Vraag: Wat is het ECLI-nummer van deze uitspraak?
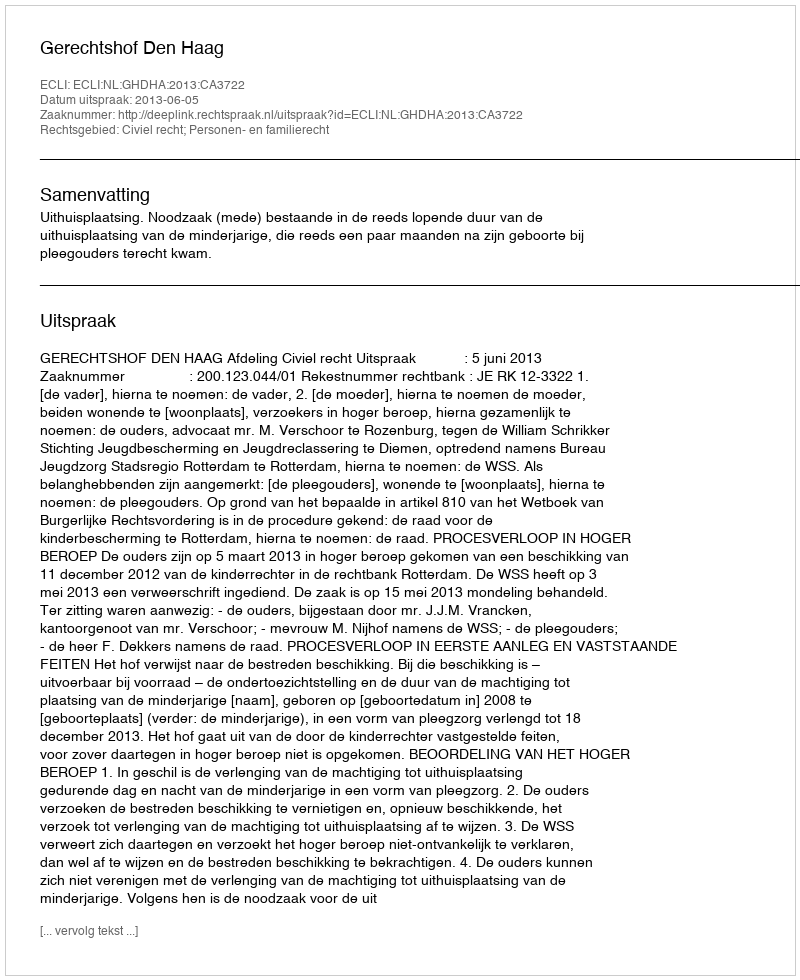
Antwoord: ECLI:NL:GHDHA:2013:CA3722